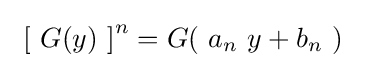
\ \left[\ G\!\left(y\right)\ \right]^{n}=G\!\left(\ a_{n}\ y+b_{n}\ \right)~